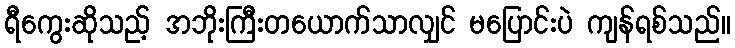
ရီကွေးဆိုသည့် အဘိုးကြီးတယောက်သာလျှင် မပြောင်းပဲ ကျန်ရစ်သည်။